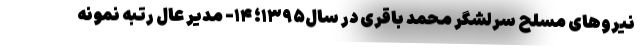
نیروهای مسلح سرلشگر محمد باقری در سال۱۳۹۵؛ ۱۴- مدیر عال رتبه نمونه